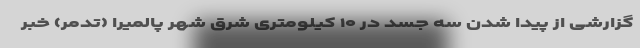
گزارشی از پیدا شدن سه جسد در ۱۰ کیلومتری شرق شهر پالمیرا (تدمر) خبر